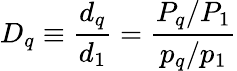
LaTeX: D_{q}\equiv{\frac{d_{q}}{d_{1}}}={\frac{P_{q}/P_{1}}{p_{q}/p_{1}}}